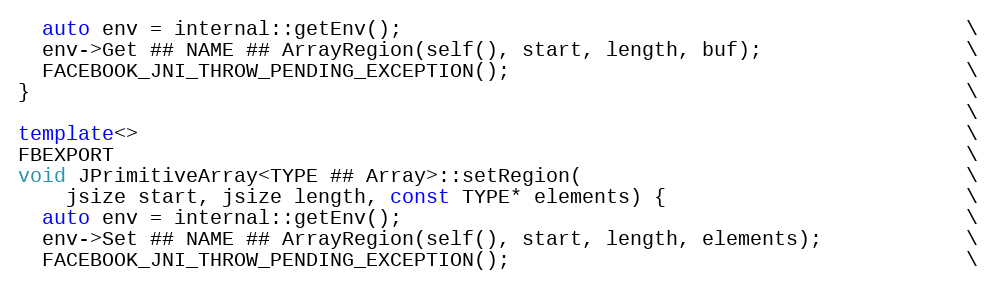
Language: C++
  auto env = internal::getEnv();                                               \
  env->Get ## NAME ## ArrayRegion(self(), start, length, buf);                 \
  FACEBOOK_JNI_THROW_PENDING_EXCEPTION();                                      \
}                                                                              \
                                                                               \
template<>                                                                     \
FBEXPORT                                                                       \
void JPrimitiveArray<TYPE ## Array>::setRegion(                                \
    jsize start, jsize length, const TYPE* elements) {                         \
  auto env = internal::getEnv();                                               \
  env->Set ## NAME ## ArrayRegion(self(), start, length, elements);            \
  FACEBOOK_JNI_THROW_PENDING_EXCEPTION();                                      \